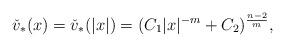
LaTeX: \begin{align*}\check v_*(x) = \check v_*(|x|) = (C_1 |x|^{-m} + C_2)^{\frac{n-2}{m}} ,\end{align*}